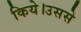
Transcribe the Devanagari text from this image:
किये।उससे